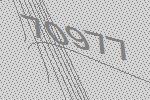
70977